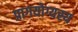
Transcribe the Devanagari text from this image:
प्रागयोग्यस्य